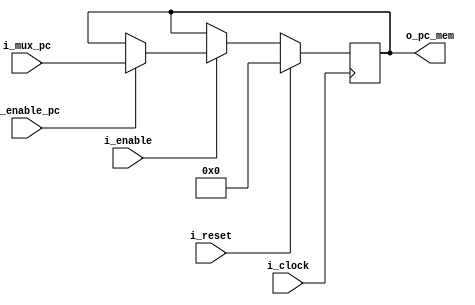
`timescale 1ns / 1ps

module program_counter#(
        parameter NB = 32
    )    
    (
        input               i_enable,   // from PC
        input               i_clock,
        input               i_reset,
        input   [NB-1:0]    i_mux_pc,
        input               i_enable_pc, // from STALL UNIT 1 - > normal 0 - > stall pc
        
        output  [NB-1:0]    o_pc_mem
    );
    
    reg     [NB-1:0] pc;
    
    assign o_pc_mem = pc;
    
    initial begin
        pc = {NB{1'b0}};
    end
    
    always@(posedge i_clock)
        if(i_reset) begin
            pc <= {NB{1'b0}};
        end
        else if(i_enable) begin
            
            if(!i_enable_pc)begin
                pc <= pc;
            end
            else begin
                pc <= i_mux_pc;
            end
        end
        else begin
            pc <= pc;
        end
       
endmodule